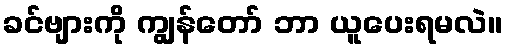
ခင်ဗျားကို ကျွန်တော် ဘာ ယူပေးရမလဲ။